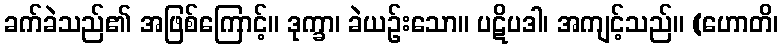
ခက်ခဲသည်၏ အဖြစ်ကြောင့်။ ဒုက္ခာ၊ ခဲယဉ်းသော။ ပဋိပဒါ၊ အကျင့်သည်။ (ဟောတိ၊